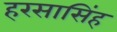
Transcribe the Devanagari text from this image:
हरसासिंह